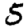
Digit: 5